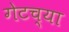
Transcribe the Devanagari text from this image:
गेटच्या